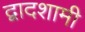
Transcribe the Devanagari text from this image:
द्वादशामी